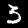
Label: 3